Leaving Certificate Examination, 1920
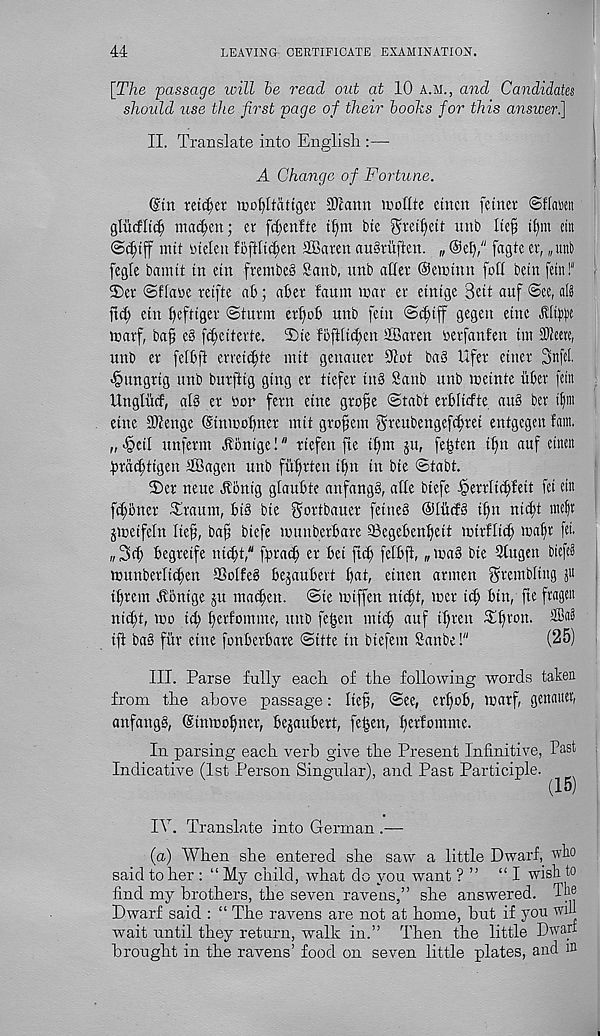
44
LEAVING CERTIFICATE EXAMINATION.
[The passage will he read out at 10 a.m., and Candidates
should use the first page of their hooks for this answer.]
II. Translate into English :—
A Change of Fortune.
@tn reiser inofyltattgev SJcann inollte etncn fetuer
glticfltd) madden; er fd;enfte
tie ^rei^eit unb Ite^ if)m citt
nut rtelen fbftft^en Sffiaren ausruften. „ <mb," fagtc er, „uni)
fegle bamtt in etn fvembes Sanb, unb atler Oeiiunn foil betn fern!"
2)er ©flane retfie ab; aber faum mar er eintge Sett auf @ee, al§
ftd) etu beftiger (Sturm etbob unb fetn Scbiff gegen etnc Jhift'e
marf, bap e§ fcbeiterte. Tie foftltcben SBaren nerfanfen tm SOleere,
unb er felbft erreti^te mit genauer 91ot baS Ufer etner SttfeL
-§ungrtg unb burfttg gtng er tiefer tub Sanb unb meinte liber fetn
Ungliicf, alb er bor fern etne gro^e ©tabt erblicfte aub ber t^n
etnc 3Henge ©ntcobner mit grofem greubengefcbrei entgegen fain,
„ dpeil unferm Jlbnige!" rtefen fie tf)m ju, fe^ten t^n auf eitten
bra^tigen SBagen unb fiibrten tbn in bie ©tabt.
Ter neue Jlbnig glaubte anfangb, affe biefe -^errli^fett fct tin
fcl;otter Trattm, bib bte gortbauer fetneb Oliitfb if)it nicbt ntefit
jicetfeln Ite^, ba^ btefe muttberbare SBegebenbeit mirflicb 'bafr fet.
„3cb begretfe nicft," fpracb er bet ftcb felbft, „ mab bte Stugen bicfe»
munberltcben IBolfeb bejaubert b(tt, einett arinen trembling ju
ibrem ttonige ju macbett. ©ie miffen nicft, mcr (cl; bin, fte fragen
nitbt, mo tcb berfomme, unb fe^en mtcb auf ibren Tbron. 2Ba3
iff bab fiir eine fonberbare ©itte in bicfem Sanbe!"
(25)
III. Parse fully each of the following words taken
from the above passage: lief, ©ee, erbob, marf, genattet,
anfangb, ©tnmobner, bejaubert, fe^en, berfomme.
In parsing each verb give the Present Infinitive, Past
Indicative (1st Person Singular), and Past Participle.
IV. Translate into German .—
(a) When she entered she saw a little Dwarf, wbo
said to her : “ My child, what do you want ? ” “I wish to
find my brothers, the seven ravens,” she answered. The
Dwarf said : “ The ravens are not at home, but if you wih
wait until they return, walk in.” Then the little Dwarf
brought in the ravens’ food on seven little plates, and m